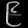
Digit: ၉